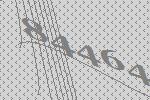
84464